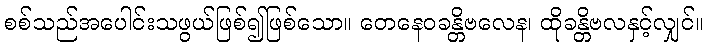
စစ်သည်အပေါင်းသဖွယ်ဖြစ်၍ဖြစ်သော။ တေနေဝခန္တိဗလေန၊ ထိုခန္တိဗလနှင့်လျှင်။